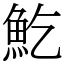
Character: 䰴